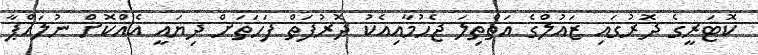
ކޮޓަރީގެ ދޮރުގައި ޒައުލްގެ އަތްތިލަ ޖެހުމާއިއެކު ދޮރުފަތް ފަހަތަށް ދިޔައީ އެއްކޮށް ނުލައްޕާ